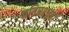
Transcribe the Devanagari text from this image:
प्रतिप्रश्‍नही